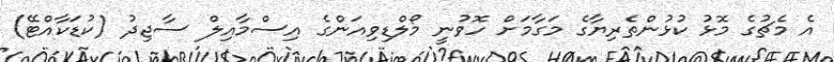
އެ މެޗުގެ މޮޅު ކުޅުންތެރިޔާގެ މަގާމަށް ހޮވުނީ މޯލްޑިވިއަންގެ އިސްމާއިލް ސާޖިދު (ކުޑަކާއްޓޭ)